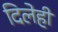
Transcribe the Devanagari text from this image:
दिलेही